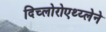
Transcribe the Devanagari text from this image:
दिच्लोरोएथ्य्लेने